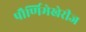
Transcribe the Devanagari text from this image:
पौर्णिमेखेरीज